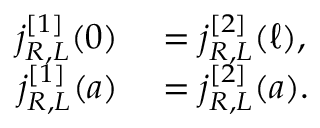
\begin{array} { r l } { j _ { R , L } ^ { [ 1 ] } ( 0 ) } & { { } = j _ { R , L } ^ { [ 2 ] } ( \ell ) , } \\ { j _ { R , L } ^ { [ 1 ] } ( a ) } & { { } = j _ { R , L } ^ { [ 2 ] } ( a ) . } \end{array}